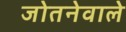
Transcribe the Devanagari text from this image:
जोतनेवाले